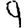
Digit: 9